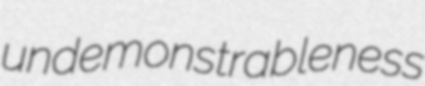
undemonstrableness